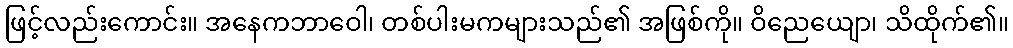
ဖြင့်လည်းကောင်း။ အနေကဘာဝေါ၊ တစ်ပါးမကများသည်၏ အဖြစ်ကို။ ဝိညေယျော၊ သိထိုက်၏။